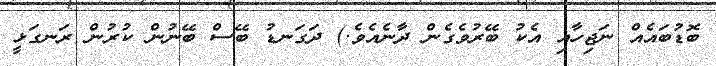
ބޮޑުބައެއް ނަޖިހާއި އެކު ބޭރުވެގެން ދާނެއެވެ.) ދަގަނޑު ބޭސް ބޭނުން ކުރުން ރަނގަޅީ